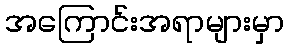
အကြောင်းအရာများမှာ